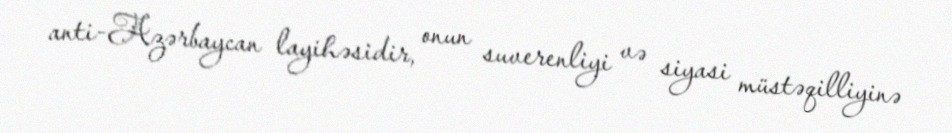
anti-Azərbaycan layihəsidir, onun suverenliyi və siyasi müstəqilliyinə